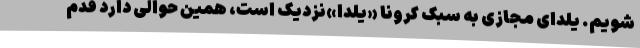
شویم. یلدای مجازی به سبک کرونا «یلدا»نزدیک است، همین حوالی دارد قدم